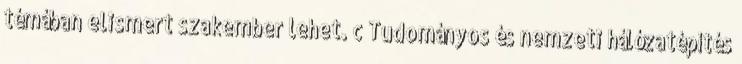
témában elismert szakember lehet. c Tudományos és nemzeti hálózatépítés